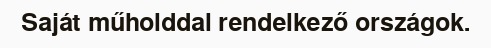
Saját műholddal rendelkező országok.